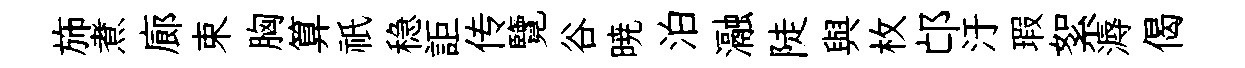
斾煮廊束胸算祇稳詎传覽谷暁泊瀜陡與枚邙汙瑕絮溽偈